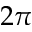
2 \pi